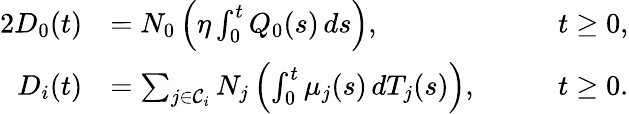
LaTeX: \begin{array}{rlrl}{{2}D_{0}(t)}&{=N_{0}\left(\eta\int_{0}^{t}Q_{0}(s)\, ds\right),\quad}&&{t\ge 0,}\\ {D_{i}(t)}&{=\sum_{j\in\mathcal{C}_{i}}N_{j}\left(\int_{0}^{t}\mu_{j}(s)\, dT_{j}(s)\right),\quad}&&{t\ge 0.}\end{array}